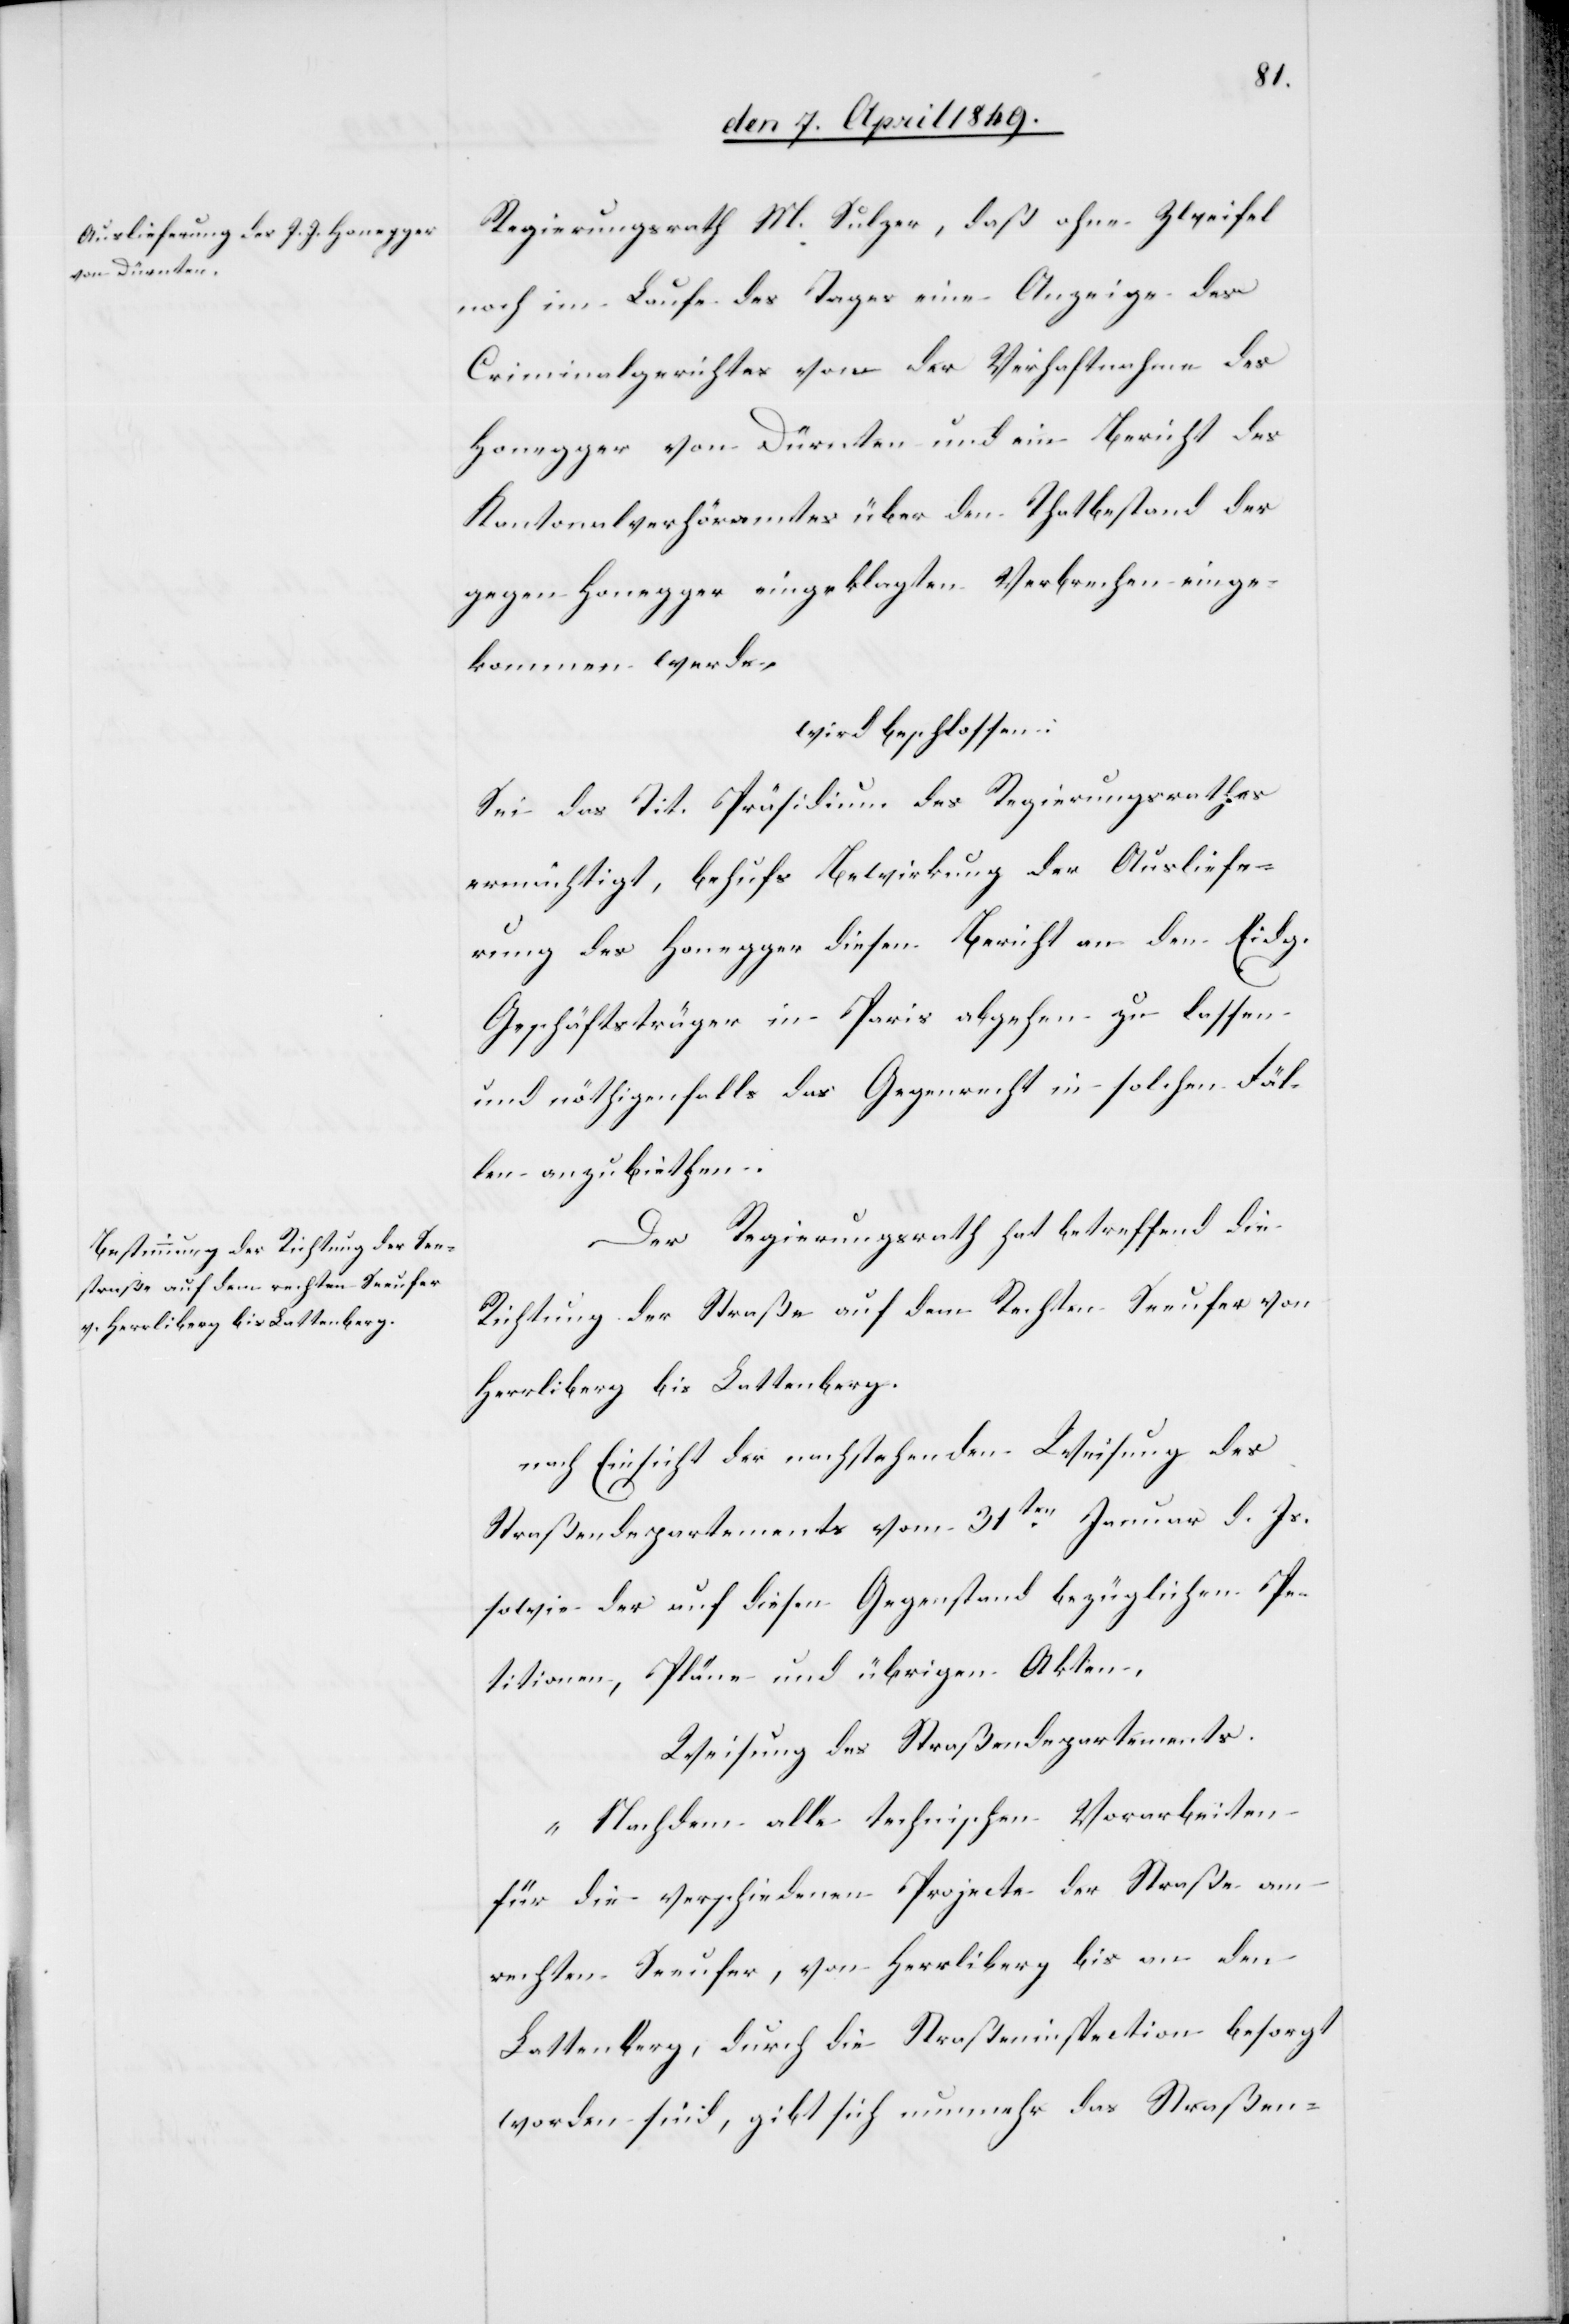
Regierungsrath M. Sulzer, daß ohne Zweifel
noch im Laufe des Tages eine Anzeige des
Criminalgerichtes von der Verhaftnahme des
Honegger von Dürnten und ein Bericht des
Kantonalverhöramtes über den Thatbestand der
gegen Honegger eingeklagten Verbrechen einge¬
kommen [sic!] werde,
wird beschlossen:
Sei das Tit. Präsidium des Regierungsrathes
ermächtigt, behufs Bewirkung der Ausliefe¬
rung des Honegger diesen Bericht an den Eidg.
Geschäftsträger in Paris abgehen zu lassen
und nöthigenfalls das Gegenrecht in solchen Fäl¬
len anzubiethen.
Der Regierungsrath hat betreffend die
Richtung der Straße auf dem Rechten Seeufer von
Herrliberg bis Lattenberg.
nach Einsicht der nachstehenden Weisung des
Straßendepartements vom 31ten Januar d. Js.
sowie der auf diesen Gegenstand bezüglichen Pe¬
titionen, Pläne und übrigen Akten,
Weisung des Straßendepartements.
„Nachdem alle technischen Vorarbeiten
für die verschiedenen Projecte der Straße am
rechten Seeufer, von Herrliberg bis an den
Lattenberg, durch die Straßeninspection besorgt
worden sind, gibt sich nunmehr das Straßen-